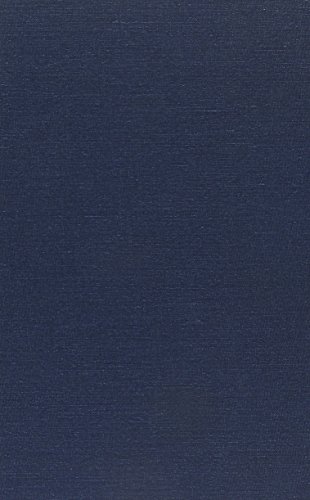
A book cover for Neo-Confucian Terms Explained; Wing-tsit Chan; Religion & Spirituality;